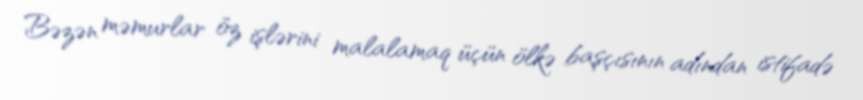
Bəzən məmurlar öz işlərini malalamaq üçün ölkə başçısının adından istifadə